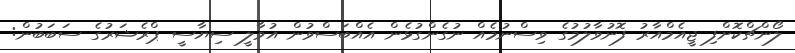
ލޯންޗްކޮށްފި ޖީއެމްއާރު ފޮނުވާލުމުގެ ވިސްނުމެއް ނުގެންގުޅެން އެއްބަސްވުން އުވާލީ ސިޔާސީ ޕްރެޝަރުގެ ސަބަބުން: